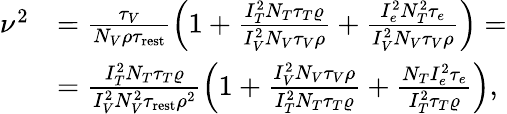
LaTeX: \begin{array}{rl}{\nu^{2}}&{=\frac{\tau_{V}}{N_{V}\rho\tau_{\mathrm{rest}}}\left(1+\frac{I_{T}^{2}N_{T}\tau_{T}\varrho}{I_{V}^{2}N_{V}\tau_{V}\rho}+\frac{I_{e}^{2}N_{T}^{2}\tau_{e}}{I_{V}^{2}N_{V}\tau_{V}\rho}\right)=}\\ &{=\frac{I_{T}^{2}N_{T}\tau_{T}\varrho}{I_{V}^{2}N_{V}^{2}\tau_{\mathrm{rest}}\rho^{2}}\left(1+\frac{I_{V}^{2}N_{V}\tau_{V}\rho}{I_{T}^{2}N_{T}\tau_{T}\varrho}+\frac{N_{T}I_{e}^{2}\tau_{e}}{I_{T}^{2}\tau_{T}\varrho}\right),}\end{array}